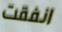
انفقت